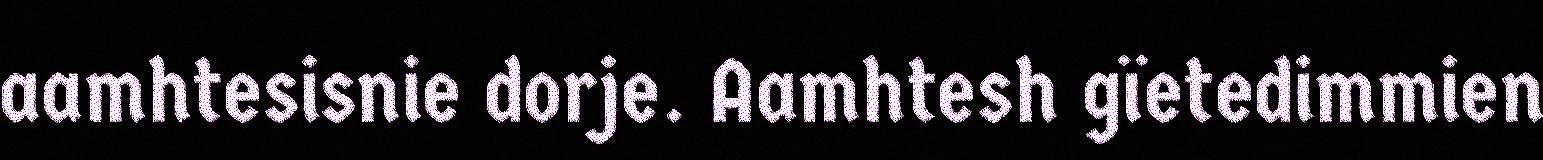
aamhtesisnie dorje. Aamhtesh gïetedimmien